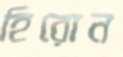
হিরোন